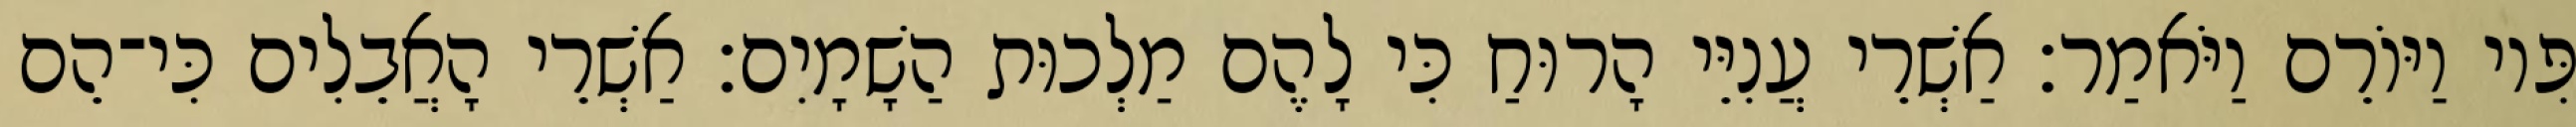
פִּיו וַיּוֹרֵם וַיֹּאמַר׃ אַשְׁרֵי עֲנִיֵּי הָרוּחַ כִּי לָהֶם מַלְכוּת הַשָׁמָיִם׃ אַשְׁרֵי הָאֲבֵלִים כִּי־הֵם